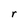
Character: r